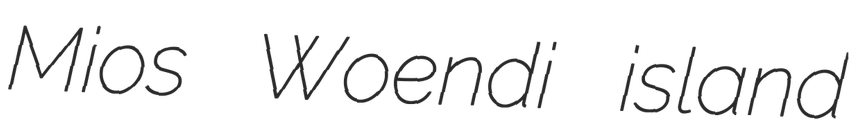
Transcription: Mios Woendi island